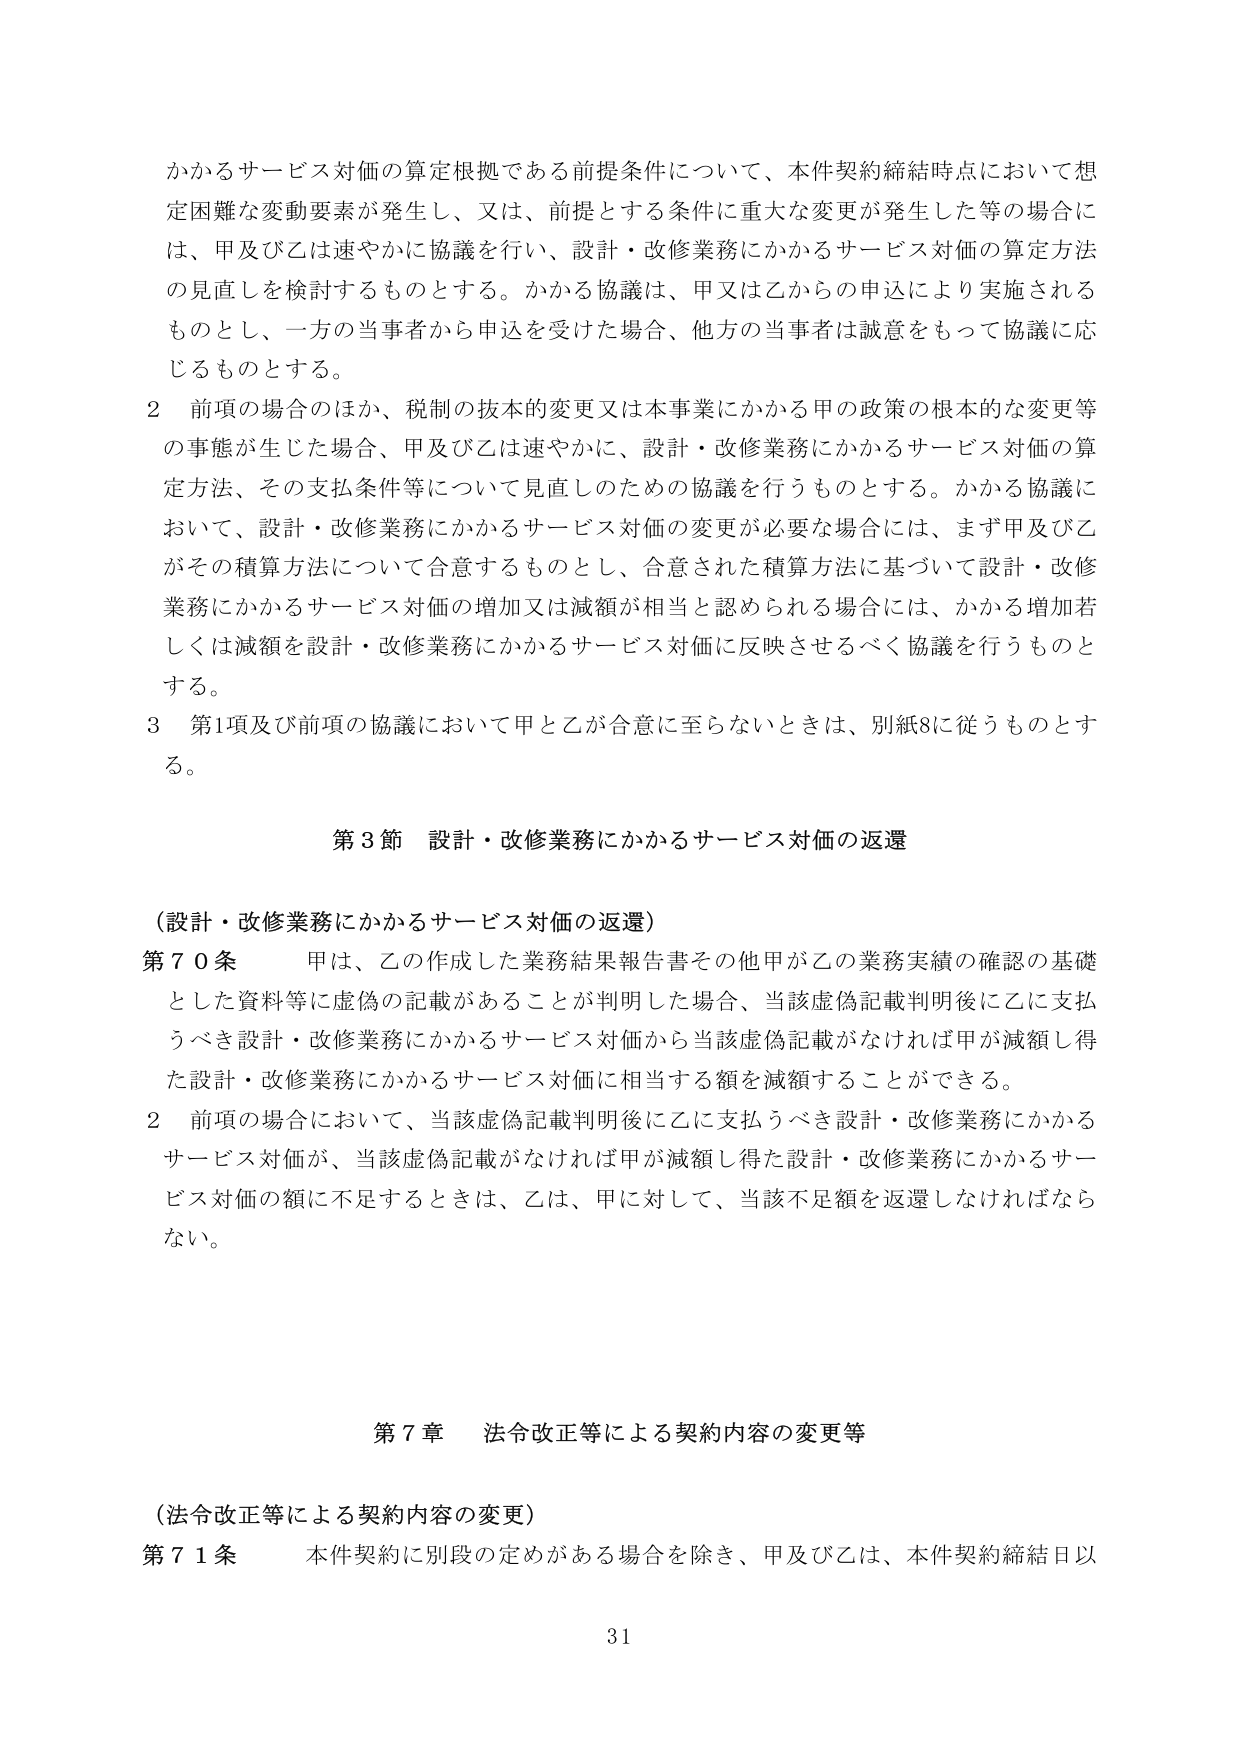
かかるサービス対価の算定根拠である前提条件について、本件契約締結時点において想定困難な変動要素が発生し、又は、前提とする条件に重大な変更が発生した等の場合には、甲及び乙は速やかに協議を行い、設計・改修業務にかかるサービス対価の算定方法の見直しを検討するものとする。かかる協議は、甲又は乙からの申込により実施されるものとし、一方の当事者から申込を受けた場合、他方の当事者は誠意をもって協議に応じるものとする。

2 前項の場合のほか、税制の抜本的変更又は本事業にかかる甲の政策の根本的な変更等の事態が生じた場合、甲及び乙は速やかに、設計・改修業務にかかるサービス対価の算定方法、その支払条件等について見直しのための協議を行うものとする。かかる協議において、設計・改修業務にかかるサービス対価の変更が必要な場合には、まず甲及び乙がその積算方法について合意するものとし、合意された積算方法に基づいて設計・改修業務にかかるサービス対価の増加又は減額が相当と認められる場合には、かかる増加若しくは減額を設計・改修業務にかかるサービス対価に反映させるべく協議を行うものとする。

3 第1項及び前項の協議において甲と乙が合意に至らないときは、別紙8に従うものとする。

第3節 設計・改修業務にかかるサービス対価の返還

（設計・改修業務にかかるサービス対価の返還）

第70条 甲は、乙の作成した業務結果報告書その他甲が乙の業務実績の確認の基礎とした資料等に虚偽の記載があることが判明した場合、当該虚偽記載判明後に乙に支払うべき設計・改修業務にかかるサービス対価から当該虚偽記載がなければ甲が減額し得た設計・改修業務にかかるサービス対価に相当する額を減額することができる。

2 前項の場合において、当該虚偽記載判明後に乙に支払うべき設計・改修業務にかかるサービス対価が、当該虚偽記載がなければ甲が減額し得た設計・改修業務にかかるサービス対価の額に不足するときは、乙は、甲に対して、当該不足額を返還しなければならない。

第7章 法令改正等による契約内容の変更等

（法令改正等による契約内容の変更）

第71条 本件契約に別段の定めがある場合を除き、甲及び乙は、本件契約締結日以

31